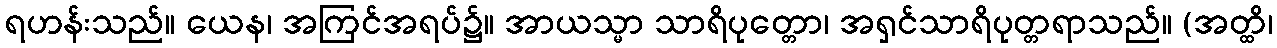
ရဟန်းသည်။ ယေန၊ အကြင်အရပ်၌။ အာယသ္မာ သာရိပုတ္တော၊ အရှင်သာရိပုတ္တရာသည်။ (အတ္ထိ၊